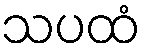
သပထံ